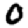
Digit: 0